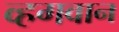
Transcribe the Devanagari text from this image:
व्हगवान